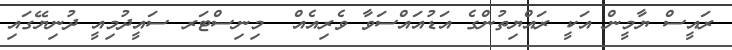
ރައީސް ޔާމީން އަކީ ރައްޔިތުންގެ އަޑުއައްސަވާ ވެރިއެއް  މިނިސްޓަރ ސައީދުމިއީ ދުނިޔޭގައި